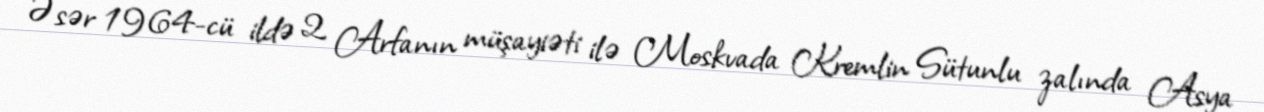
Əsər 1964-cü ildə 2 Arfanın müşayiəti ilə Moskvada Kremlin Sütunlu zalında Asya